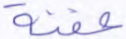
عفنة